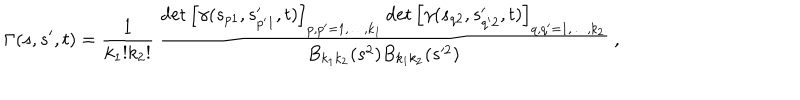
LaTeX: \Gamma ( s , s ^ { \prime } , t ) = \frac { 1 } { k _ { 1 } ! k _ { 2 } ! } \, \frac { \det \left[ \gamma ( s _ { p 1 } , s _ { p ^ { \prime } 1 } ^ { \prime } , t ) \right] _ { p , p ^ { \prime } = 1 , \ldots , k _ { 1 } } \det \left[ \gamma ( s _ { q 2 } , s _ { q ^ { \prime } 2 } ^ { \prime } , t ) \right] _ { q , q ^ { \prime } = 1 , \ldots , k _ { 2 } } } { B _ { k _ { 1 } k _ { 2 } } ( s ^ { 2 } ) B _ { k _ { 1 } k _ { 2 } } ( s ^ { \prime 2 } ) } \ ,